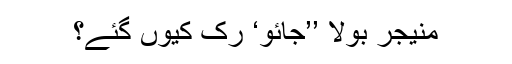
منیجر بولا ’’جائو‘ رک کیوں گئے؟